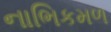
નાભિકમળ